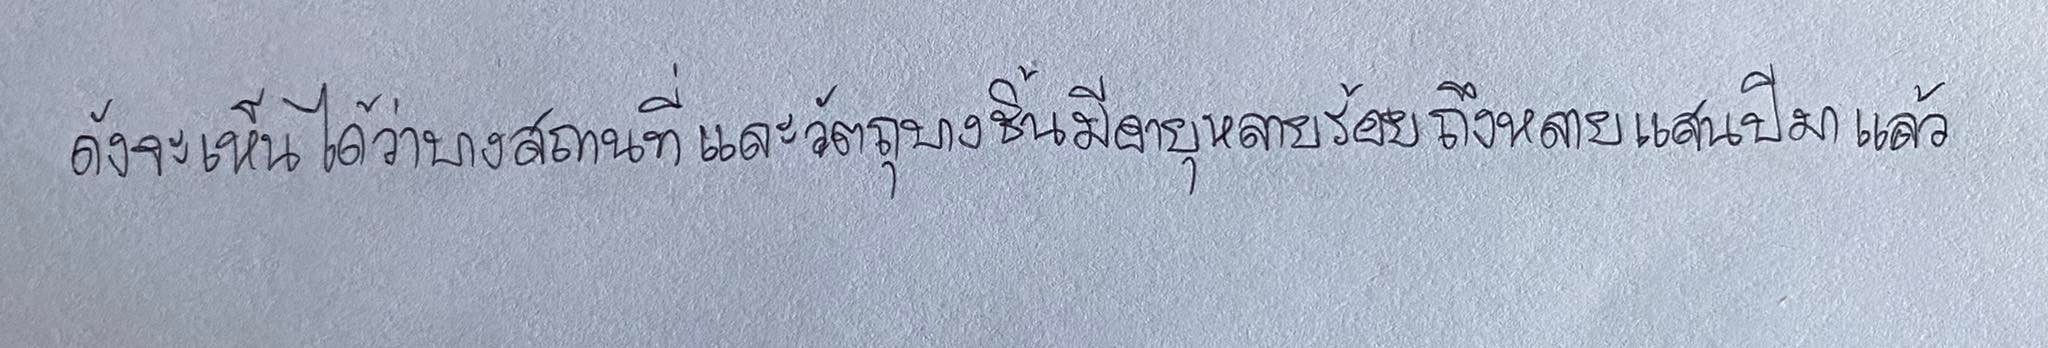
ดังจะเห็นได้ว่าบางสถานที่และวัตถุบางชิ้นมีอายุหลายร้อยถึงหลายแสนปีมาแล้ว